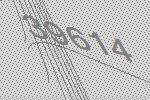
39614